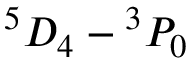
^ 5 D _ { 4 } - { } ^ { 3 } P _ { 0 }